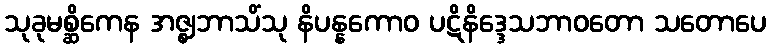
သုခုမစ္ဆိကေန အဇ္ဈဘာသိံသု နိပန္နကောဝ ပဋိနိဒ္ဒေသဘာဝတော သတောပေ